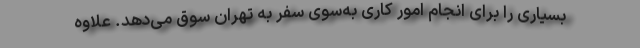
بسیاری را برای انجام امور کاری به‌سوی سفر به تهران سوق می‌دهد. علاوه